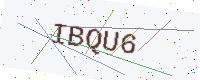
Text: IBQU6